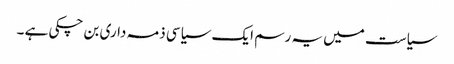
سیاست میں یہ رسم ایک سیاسی ذمہ داری بن چکی ہے ۔